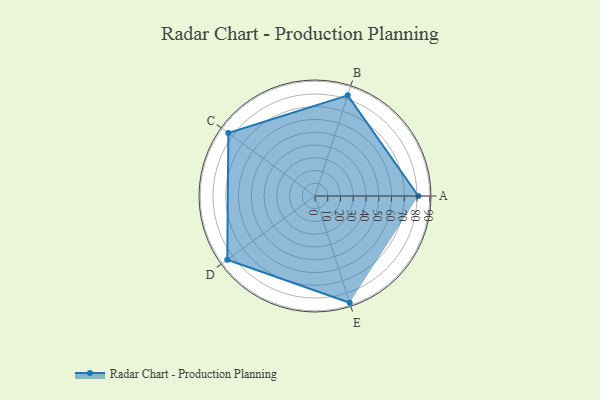
{"axis": {"x": "Skill", "y": "Score"}, "legend": ["Profile"], "data": [{"x": "A", "y": 81.0, "type": "Profile"}, {"x": "B", "y": 83.0, "type": "Profile"}, {"x": "C", "y": 84.0, "type": "Profile"}, {"x": "D", "y": 85.0, "type": "Profile"}, {"x": "E", "y": 88.0, "type": "Profile"}]}